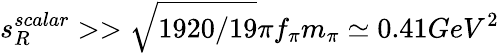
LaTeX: s_{R}^{scalar}>>\sqrt{1920/19}\pi f_{\pi}m_{\pi}\simeq 0.41GeV^{2}